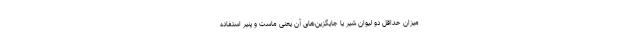
میزان حداقل دو لیوان شیر یا جایگزین‌های آن یعنی ماست و پنیر استفاده